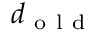
d _ { \mathrm { ~ o ~ l ~ d ~ } }